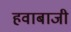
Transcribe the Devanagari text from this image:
हवाबाजी